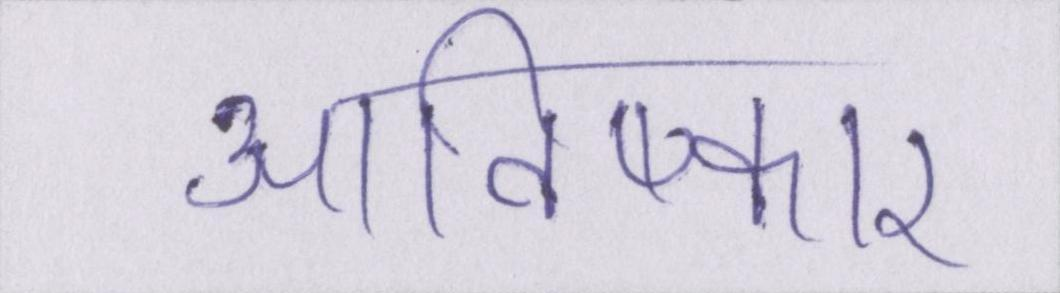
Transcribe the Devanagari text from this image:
आविष्कार